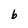
Character: b